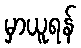
မှာယူရန်